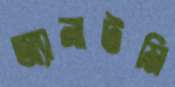
অ্যানাটমি